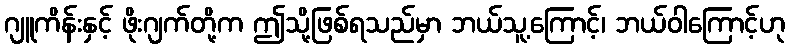
ဂျူကိန်းနှင့် ဖိုးဂျက်တို့က ဤသို့ဖြစ်ရသည်မှာ ဘယ်သူ့ကြောင့်၊ ဘယ်ဝါကြောင့်ဟု